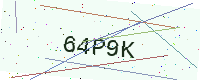
Text: 64P9K